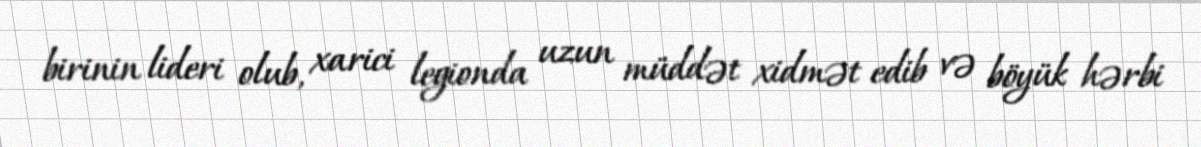
birinin lideri olub, xarici legionda uzun müddət xidmət edib və böyük hərbi